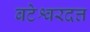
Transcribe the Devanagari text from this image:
बटेश्वरदत्त